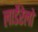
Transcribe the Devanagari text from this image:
लार्डेरेलो